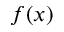
f ( x )